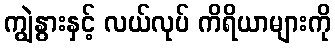
ကျွဲနွားနှင့် လယ်လုပ် ကိရိယာများကို